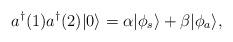
LaTeX: \begin{align*}a^{\dagger}(1) a^{\dagger}(2)|0\rangle=\alpha |\phi_{s}\rangle + \beta |\phi_{a}\rangle,\end{align*}